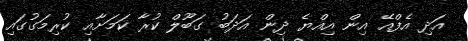
އަދި އެފްއޭ އިން އިއްޔެ ދިން އަދަބު ގަބޫލް ކުރާ ކަމަށާއި ކުރިމަގުގައި